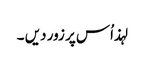
لہذ اُس پر زور دیں ۔